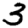
Digit: 3